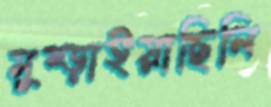
মুষ্‌ড়াইয়াছিলি